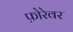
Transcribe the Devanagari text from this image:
फ़ोरेवर